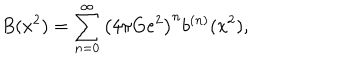
B ( x ^ { 2 } ) = \sum _ { n = 0 } ^ { \infty } \left( 4 \pi G e ^ { 2 } \right) ^ { n } b ^ { ( n ) } ( x ^ { 2 } ) ,